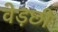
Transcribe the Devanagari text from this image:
वेड़छी